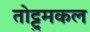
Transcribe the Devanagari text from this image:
तोट्टुमकल